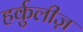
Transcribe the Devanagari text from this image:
हर्कुलीज़